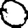
Digit: 0